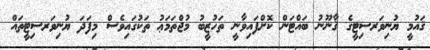
ޤައުމީ ޔުނިވަރސިޓީގެ ޤާނޫނު ބައްޓަން ކޮށްފައިވާނީ ތަހުޒީބު މުޖްތަމަޢު ތަކުގައިވެސް މިފަދަ ޔުނިވަރސިޓީތައް